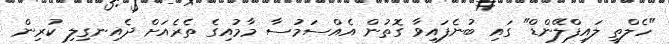
"ހެލްތީ ލައިފްލޭންޑް" ގައި ބުނެފައިވާ ގޮތުން އެއްސަމުސާ މާމުއިގެ ތެރެއަށް ދެއިނގިލި ކުރިން